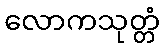
လောကသုတ္တံ